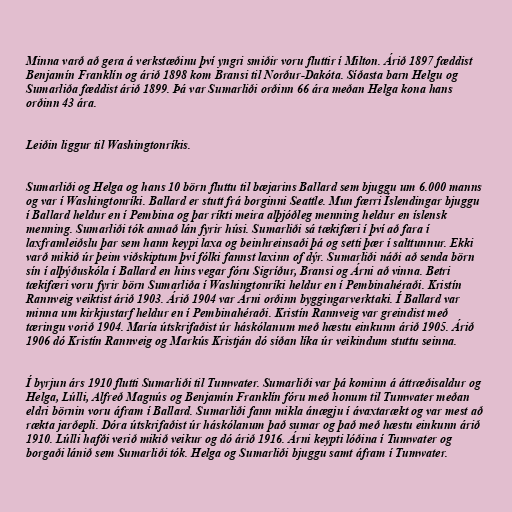
Minna varð að gera á verkstæðinu því yngri smiðir voru fluttir í Milton. Árið 1897 fæddist
Benjamín Franklín og árið 1898 kom Bransi til Norður-Dakóta. Síðasta barn Helgu og
Sumarliða fæddist árið 1899. Þá var Sumarliði orðinn 66 ára meðan Helga kona hans
orðinn 43 ára.

Leiðin liggur til Washingtonríkis.

Sumarliði og Helga og hans 10 börn fluttu til bæjarins Ballard sem bjuggu um 6.000 manns
og var í Washingtonríki. Ballard er stutt frá borginni Seattle. Mun færri Íslendingar bjuggu
í Ballard heldur en í Pembina og þar ríkti meira alþjóðleg menning heldur en íslensk
menning. Sumarliði tók annað lán fyrir húsi. Sumarliði sá tækifæri í því að fara í
laxframleiðslu þar sem hann keypi laxa og beinhreinsaði þá og setti þær í salttunnur. Ekki
varð mikið úr þeim viðskiptum því fólki fannst laxinn of dýr. Sumarliði náði að senda börn
sín í alþýðuskóla í Ballard en hins vegar fóru Sigríður, Bransi og Árni að vinna. Betri
tækifæri voru fyrir börn Sumarliða í Washingtonríki heldur en í Pembinahéraði. Kristín
Rannveig veiktist árið 1903. Árið 1904 var Árni orðinn byggingarverktaki. Í Ballard var
minna um kirkjustarf heldur en í Pembinahéraði. Kristín Rannveig var greindist með
tæringu vorið 1904. María útskrifaðist úr háskólanum með hæstu einkunn árið 1905. Árið
1906 dó Kristín Rannveig og Markús Kristján dó síðan líka úr veikindum stuttu seinna.

Í byrjun árs 1910 flutti Sumarliði til Tumwater. Sumarliði var þá kominn á áttræðisaldur og
Helga, Lúlli, Alfreð Magnús og Benjamín Franklín fóru með honum til Tumwater meðan
eldri börnin voru áfram í Ballard. Sumarliði fann mikla ánægju í ávaxtarækt og var mest að
rækta jarðepli. Dóra útskrifaðist úr háskólanum það sumar og það með hæstu einkunn árið
1910. Lúlli hafði verið mikið veikur og dó árið 1916. Árni keypti lóðina í Tumwater og
borgaði lánið sem Sumarliði tók. Helga og Sumarliði bjuggu samt áfram í Tumwater.